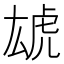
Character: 𱿏